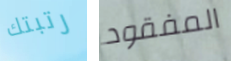
رتبتك المفقود